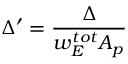
\Delta ^ { \prime } = \frac { \Delta } { w _ { E } ^ { t o t } A _ { p } }